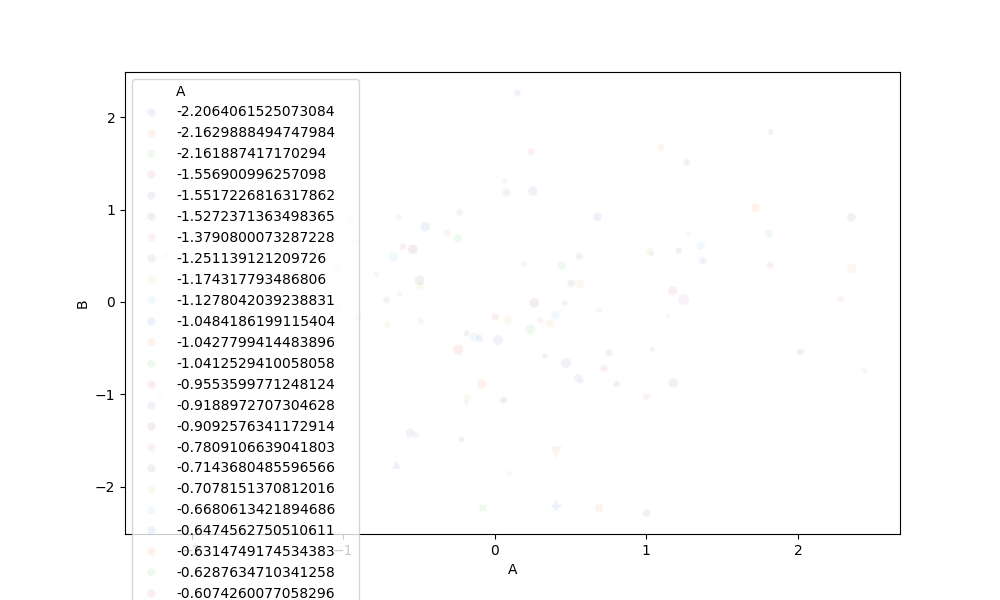
python, seaborn, scatterplot, hue='A', style='B', size='C', palette='muted', alpha=0.1